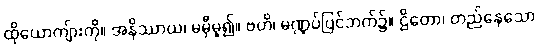
ထိုယောကျ်ားကို။ အနိဿာယ၊ မမှီမူ၍။ ဗဟိ၊ မဏ္ဍပ်ပြင်ဘက်၌။ ဌိတော၊ တည်နေသော